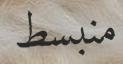
منبسط